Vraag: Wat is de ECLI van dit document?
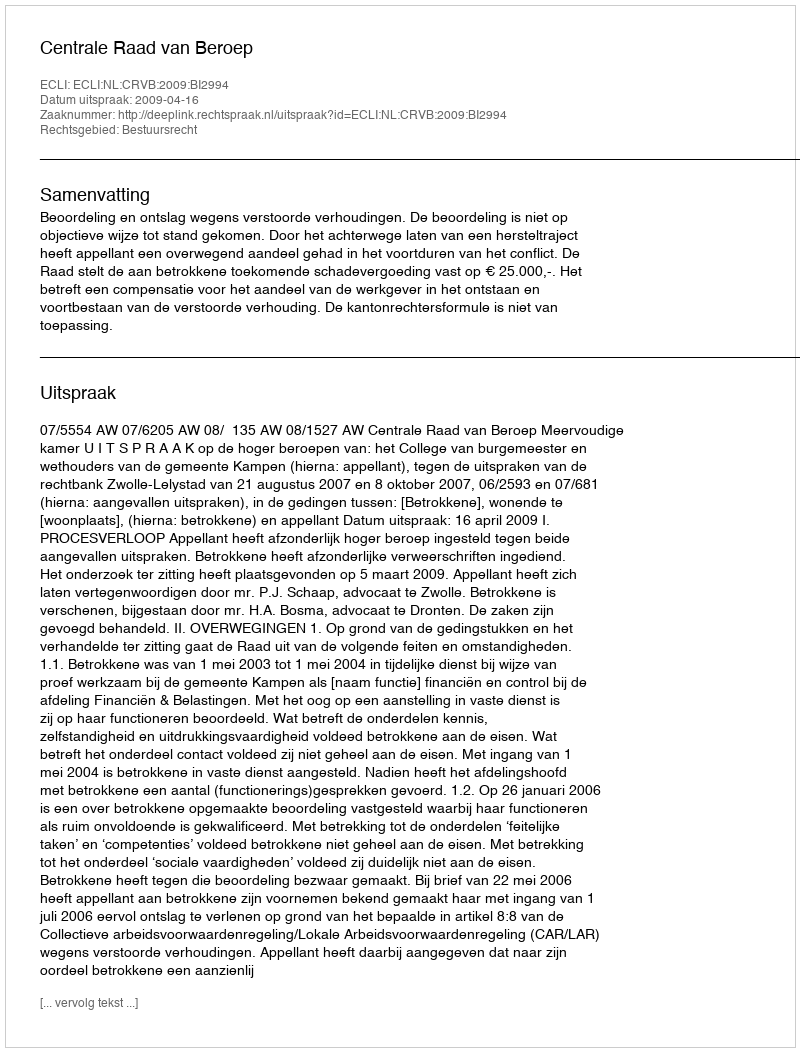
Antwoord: ECLI:NL:CRVB:2009:BI2994